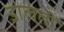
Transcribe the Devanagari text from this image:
डालतीं